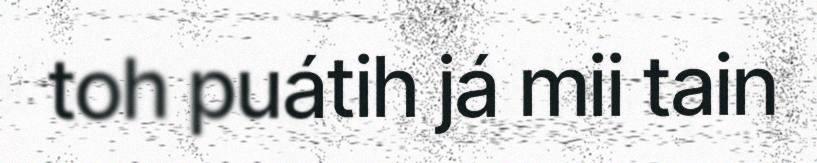
toh puátih já mii tain